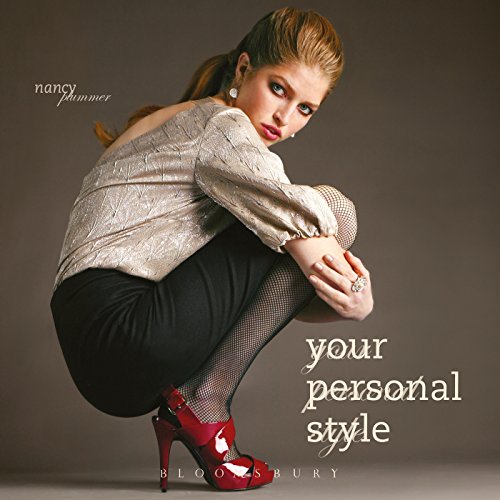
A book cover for Your Personal Style; Nancy Plummer; Arts & Photography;